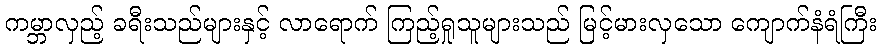
ကမ္ဘာလှည့် ခရီးသည်များနှင့် လာရောက် ကြည့်ရှုသူများသည် မြင့်မားလှသော ကျောက်နံရံကြီး